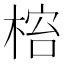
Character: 𬃋